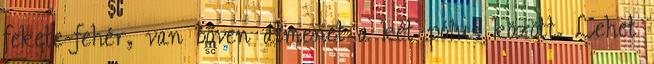
fekete-fehér, van bőven átmenet a két pólus között. Lehet